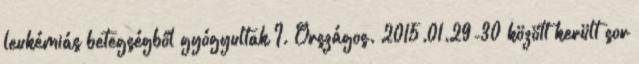
leukémiás betegségből gyógyultak I. Országos. 2015.01.29-30 között került sor